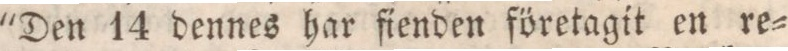
"Den 14 dennes har fienden företagit en re=